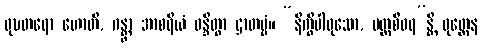
ဝုဍ္ဎတရော ဟောတိ, ဂန္တွာ အာစရိယံ ဝန္ဒိတွာ ဌာတဗ္ဗံ။ “နိက္ခိပါဝုသော, ပတ္တစီဝရ”န္တိ ဝုတ္တေန